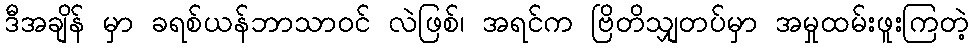
ဒီအချိန် မှာ ခရစ်ယန်ဘာသာဝင် လဲဖြစ်၊ အရင်က ဗြိတိသျှတပ်မှာ အမှုထမ်းဖူးကြတဲ့